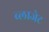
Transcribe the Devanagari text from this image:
ब्लाजेट